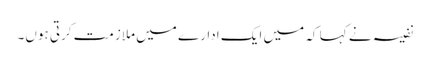
نفیسہ نے کہا کہ میں ایک ادارے میں ملازمت کرتی ہوں۔